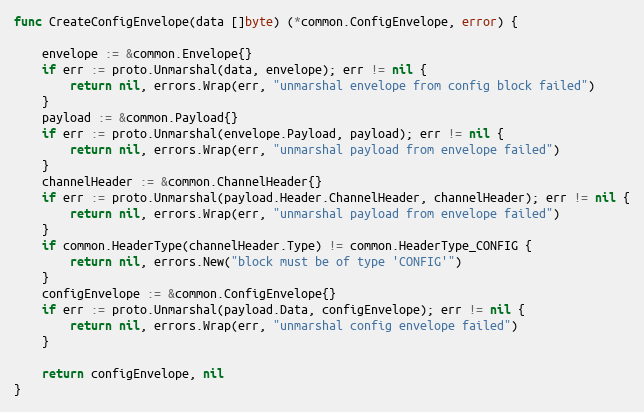
Language: Go
func CreateConfigEnvelope(data []byte) (*common.ConfigEnvelope, error) {

	envelope := &common.Envelope{}
	if err := proto.Unmarshal(data, envelope); err != nil {
		return nil, errors.Wrap(err, "unmarshal envelope from config block failed")
	}
	payload := &common.Payload{}
	if err := proto.Unmarshal(envelope.Payload, payload); err != nil {
		return nil, errors.Wrap(err, "unmarshal payload from envelope failed")
	}
	channelHeader := &common.ChannelHeader{}
	if err := proto.Unmarshal(payload.Header.ChannelHeader, channelHeader); err != nil {
		return nil, errors.Wrap(err, "unmarshal payload from envelope failed")
	}
	if common.HeaderType(channelHeader.Type) != common.HeaderType_CONFIG {
		return nil, errors.New("block must be of type 'CONFIG'")
	}
	configEnvelope := &common.ConfigEnvelope{}
	if err := proto.Unmarshal(payload.Data, configEnvelope); err != nil {
		return nil, errors.Wrap(err, "unmarshal config envelope failed")
	}

	return configEnvelope, nil
}